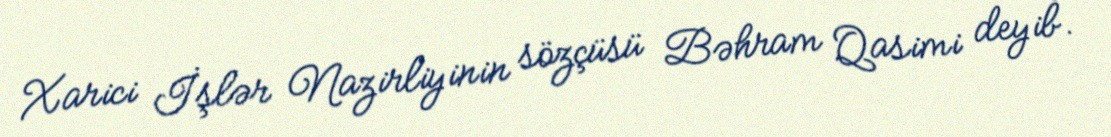
Xarici İşlər Nazirliyinin sözçüsü Bəhram Qasimi deyib.